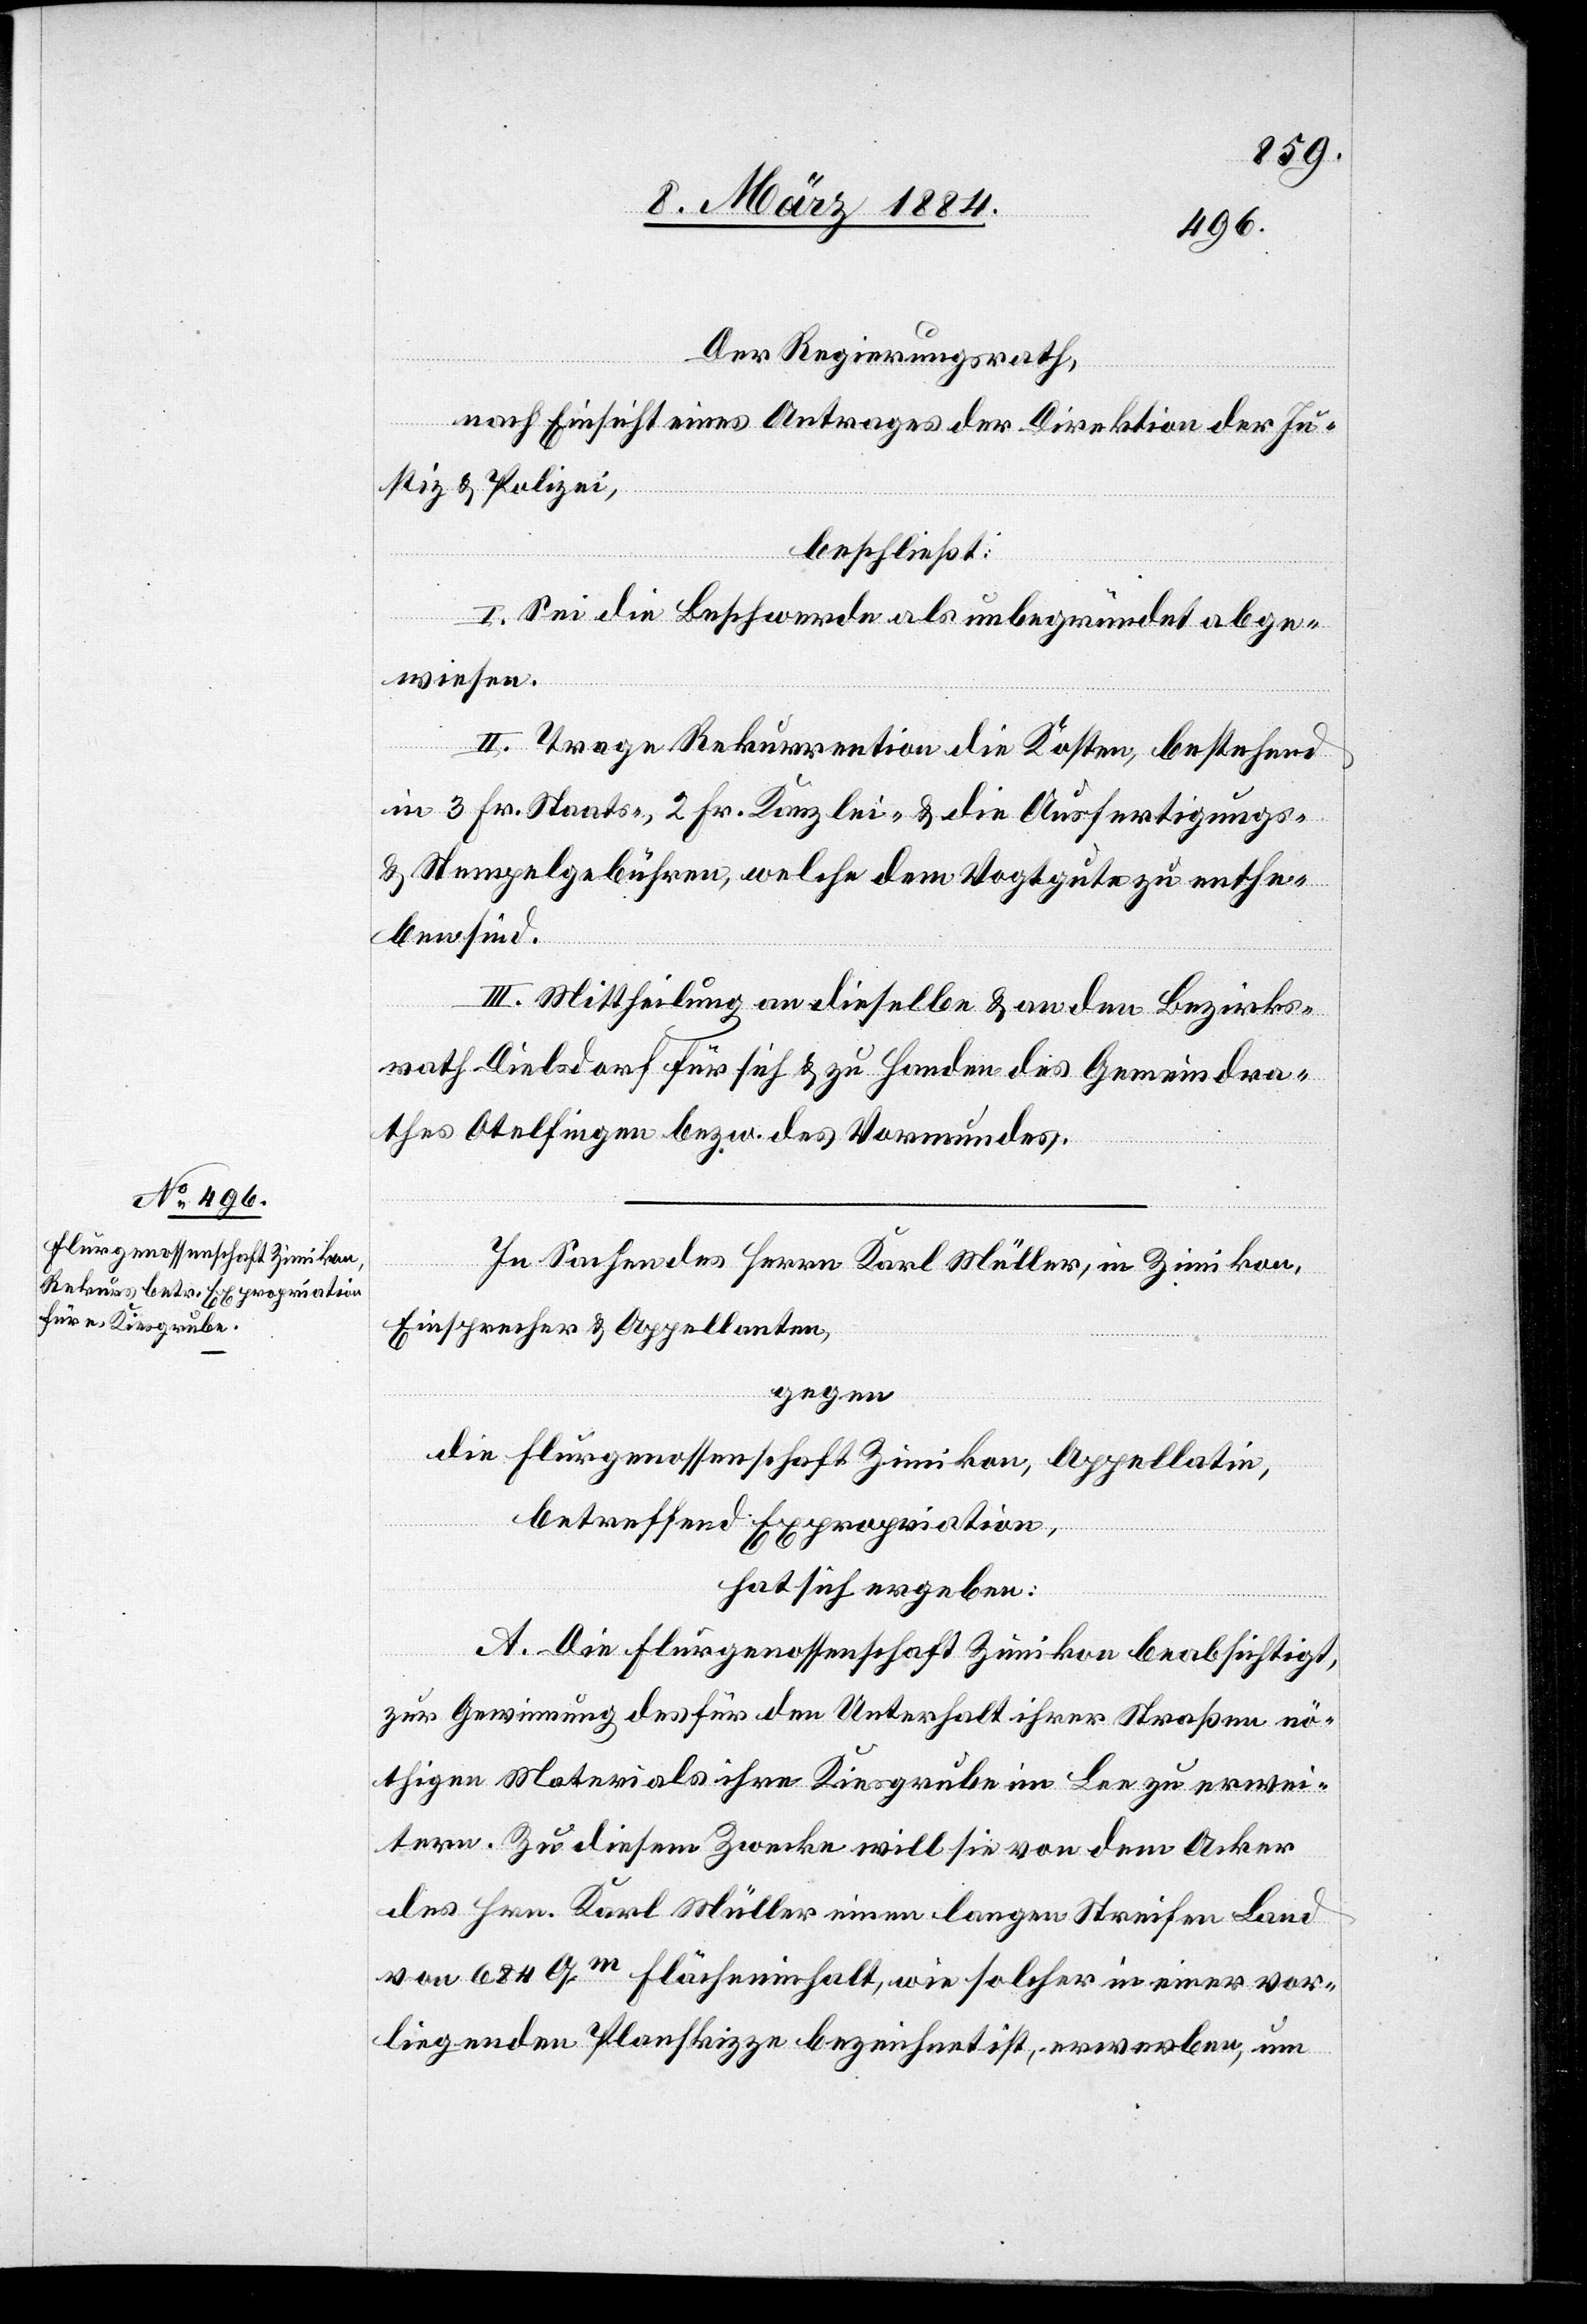
Der Regierungsrath,
nach Einsicht eines Antrages der Direktion der Ju¬
stiz & Polizei,
beschließt:
I. Sei die Beschwerde als unbegründet abge¬
wiesen.
II. Trage Rekurrentin die Kosten, bestehend
in 3 Fr. Staats-, 2 Fr. Kanzlei- & die Ausfertigungs-
& Stempelgebühren, welche dem Vogtgute zu enthe¬
ben sind.
III. Mittheilung an dieselbe & an den Bezirks¬
rath Dielsdorf für sich & zu Handen des Gemeindra¬
thes Otelfingen bzw. des Vormundes.
In Sachen des Herrn Karl Müller, in Zimikon,
Einsprecher & Appellanten,
gegen
die Flurgenossenschaft Zimikon, Appellatin,
betreffend Expropriation,
hat sich ergeben:
A. Die Flurgenossenschaft Zimikon beabsichtigt,
zur Gewinnung des für den Unterhalt ihrer Straßen nö¬
thigen Materials ihre Kiesgrube im Lee zu erwei¬
tern. Zu diesem Zwecke will sie von dem Acker
des Hrn. Karl Müller einen langen Streifen Land
von 684,9m Flächeninhalt, wie solcher in einer vor¬
liegenden Planskizze bezeichnet ist, erwerben, um